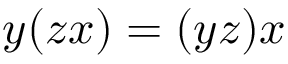
y ( z x ) = ( y z ) x